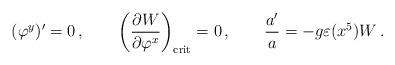
LaTeX: \begin{align*}(\varphi^y)' = 0 \,, \qquad\left({\partial W \over \partial \varphi^x}\right)_{\rm crit} =0 \,, \qquad\frac{a'}{a} = - g \varepsilon (x^5) W\,. \end{align*}